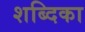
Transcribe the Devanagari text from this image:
शब्दिका